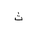
Letter: _tha